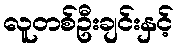
လူတစ်ဦးချင်းနှင့်